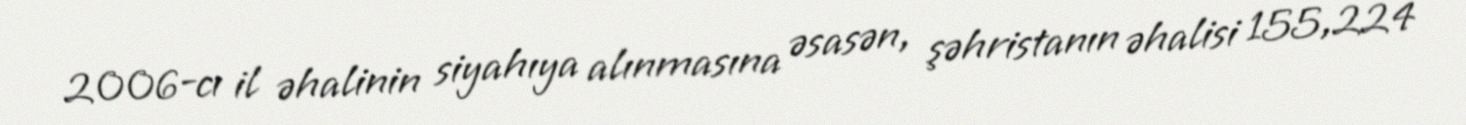
2006-cı il əhalinin siyahıya alınmasına əsasən, şəhristanın əhalisi 155,224